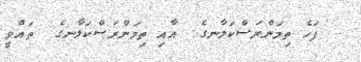
ފަހެ ތިމަންރަސްކަލާނގެ  އާއި ތިމަންރަސްކަލާނގެ  ތައްވީ